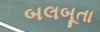
બલબૂતા